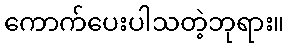
ကောက်ပေးပါသတဲ့ဘုရား။